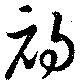
初